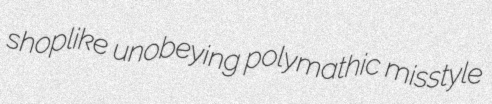
shoplike unobeying polymathic misstyle